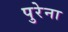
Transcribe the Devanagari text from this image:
पुरेना